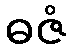
ဓဇံ